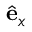
\hat { \mathbf { e } } _ { x }